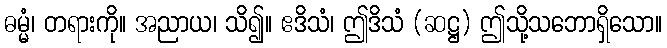
ဓမ္မံ၊ တရားကို။ အညာယ၊ သိ၍။ ဧဒိသံ၊ ဤဒိသံ (ဆဋ္ဌ) ဤသို့သဘောရှိသော။